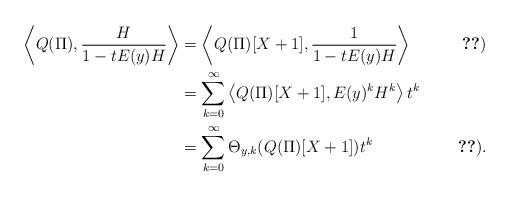
LaTeX: \begin{align*}\left\langle Q(\Pi),\frac{H}{1-tE(y)H}\right\rangle & =\left\langle Q(\Pi)[X+1],\frac{1}{1-tE(y)H}\right\rangle & \ref{l-spconst})\\ & =\sum_{k=0}^{\infty}\left\langle Q(\Pi)[X+1],E(y)^{k}H^{k}\right\rangle t^{k}\\ & =\sum_{k=0}^{\infty}\Theta_{y,k}(Q(\Pi)[X+1])t^{k} & \ref{l-scalprodh}).\end{align*}